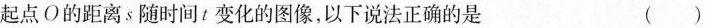
起点O的距离，s随时间t变化的图像以下说法正确的是 （）